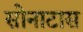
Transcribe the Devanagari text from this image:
सोनाटास